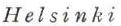
Helsinki